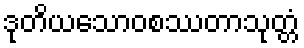
ဒုတိယသောဝစဿတာသုတ္တံ